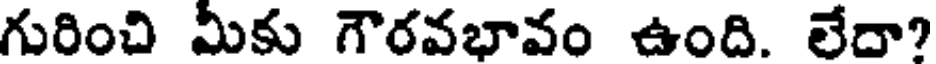
గురించి మీకు గౌరవభావం ఉంది. లేదా?